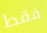
فقط